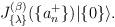
LaTeX: \begin{align*}J_{\{ \lambda \}}^{(\beta)}(\{ a_n^{+} \}) |\{ 0 \} \rangle.\end{align*}